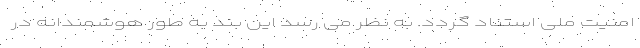
امنیت ملی استناد گردد. به نظر می رسد این بند به طور هوشمندانه در